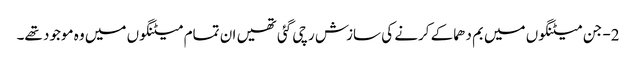
2- جن میٹنگوں میں بم دھماکے کرنے کی سازش رچی گئی تھیں ان تمام میٹنگوں میں وہ موجود تھے۔